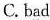
C. b\underline{a}d